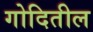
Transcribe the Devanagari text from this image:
गोदितील